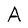
Character: A